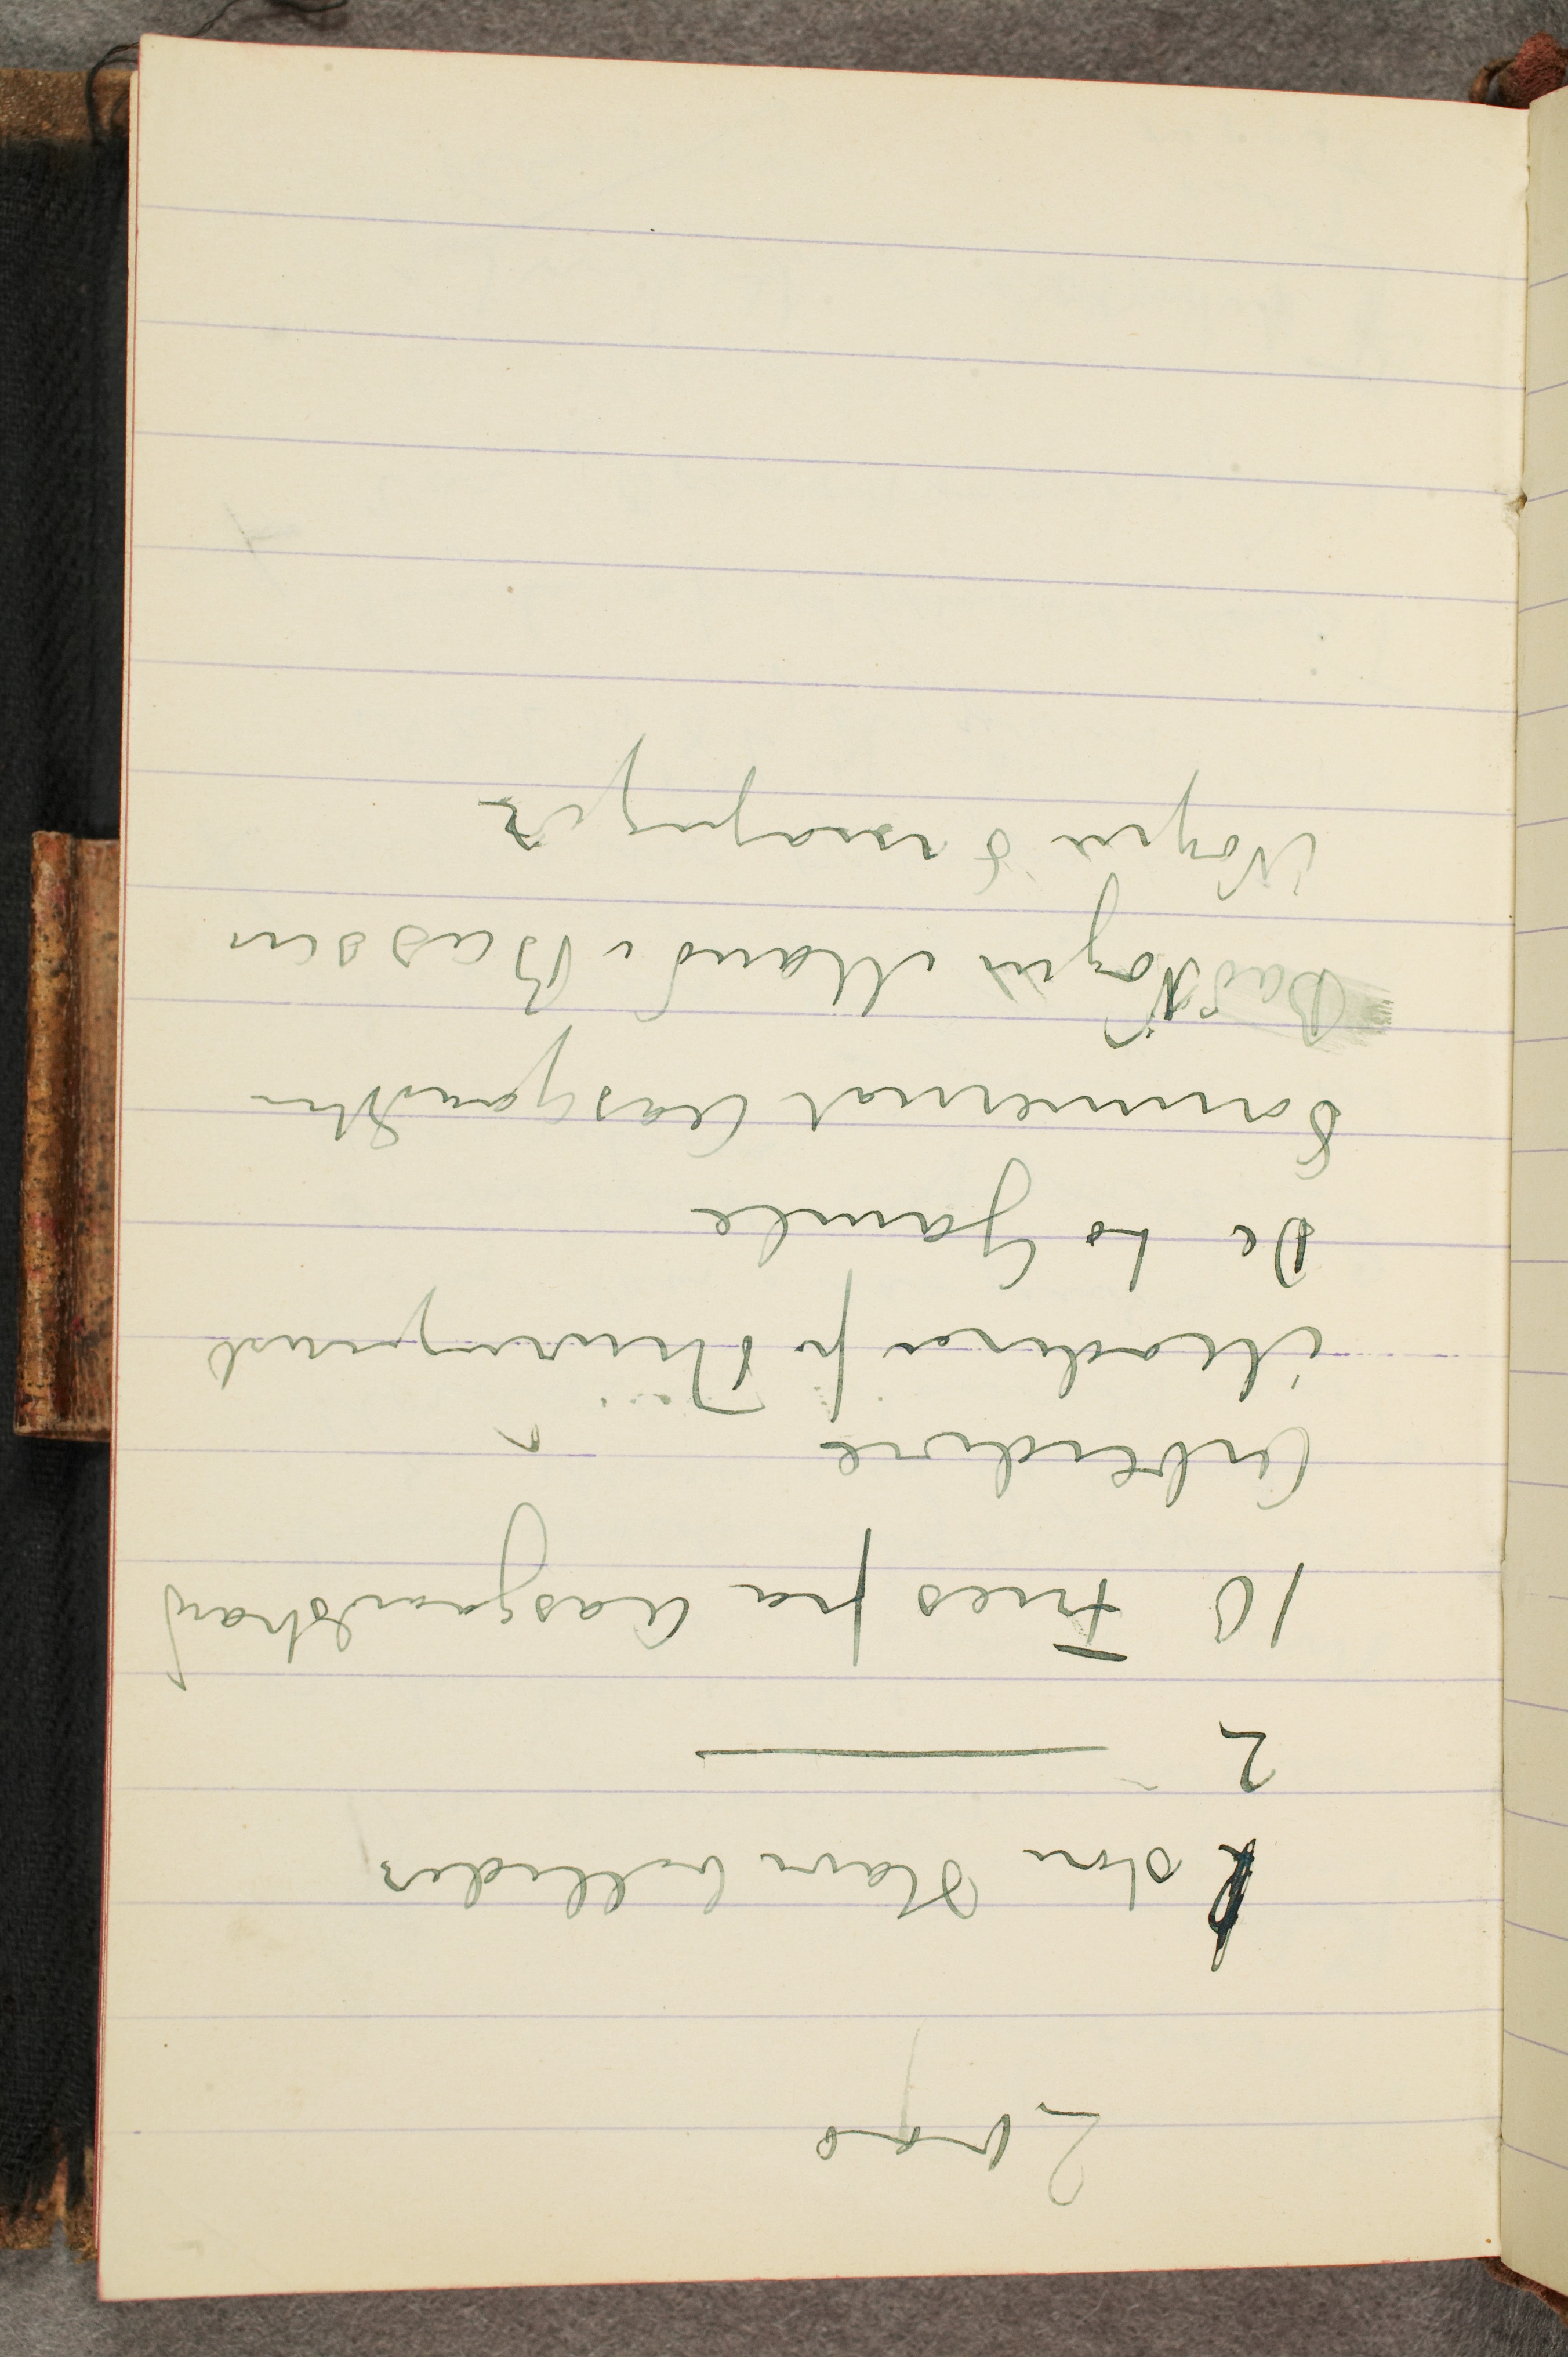
2000
2 store Havebilleder
2 –
10 Fries fra Aasgaardstrand
Arbeidere
Moderen fra Thüringerwd
De to Gamle
Sommernat Aasgaardstrand
BadNøgen Mand i Bassen
Nøgne Småpiger